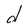
Character: d